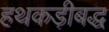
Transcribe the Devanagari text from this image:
हथकड़ीबद्ध